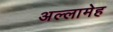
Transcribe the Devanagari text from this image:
अल्लामेह